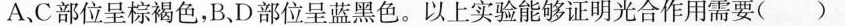
A.C部位呈棕褐色，B、D部位呈蓝黑色。以上实验能够证明光合作用需要()